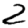
Digit: 2